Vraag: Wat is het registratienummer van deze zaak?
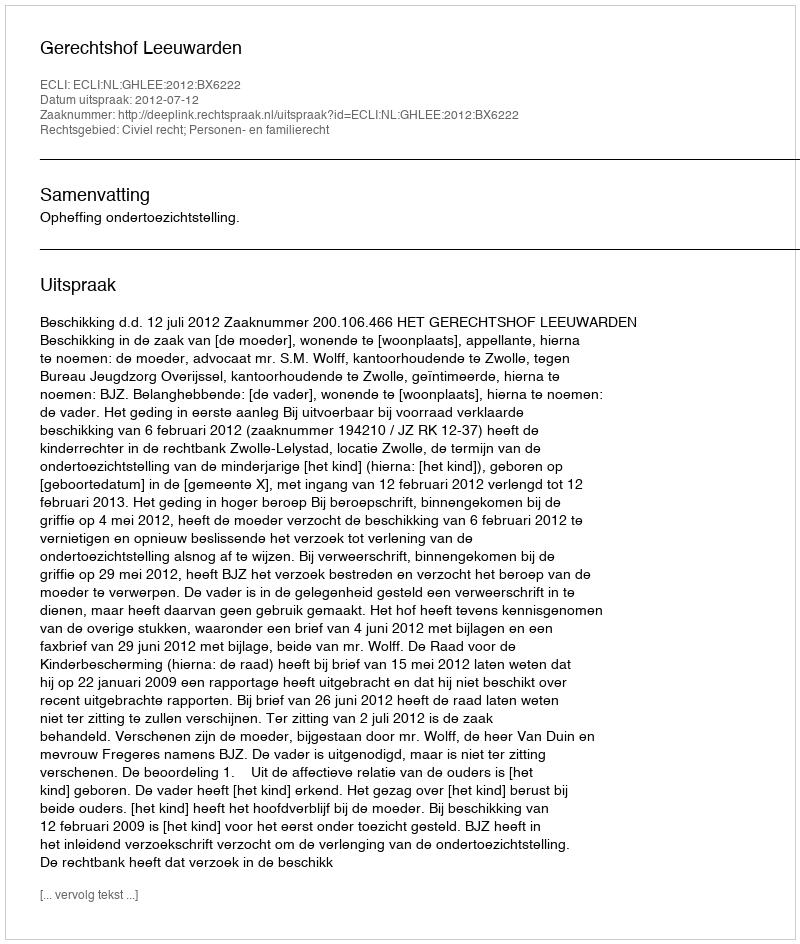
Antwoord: http://deeplink.rechtspraak.nl/uitspraak?id=ECLI:NL:GHLEE:2012:BX6222